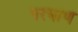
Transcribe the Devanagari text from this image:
परयाण